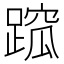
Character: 䠚